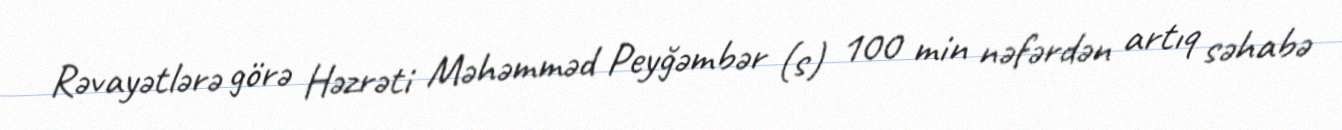
Rəvayətlərə görə Həzrəti Məhəmməd Peyğəmbər (s) 100 min nəfərdən artıq səhabə